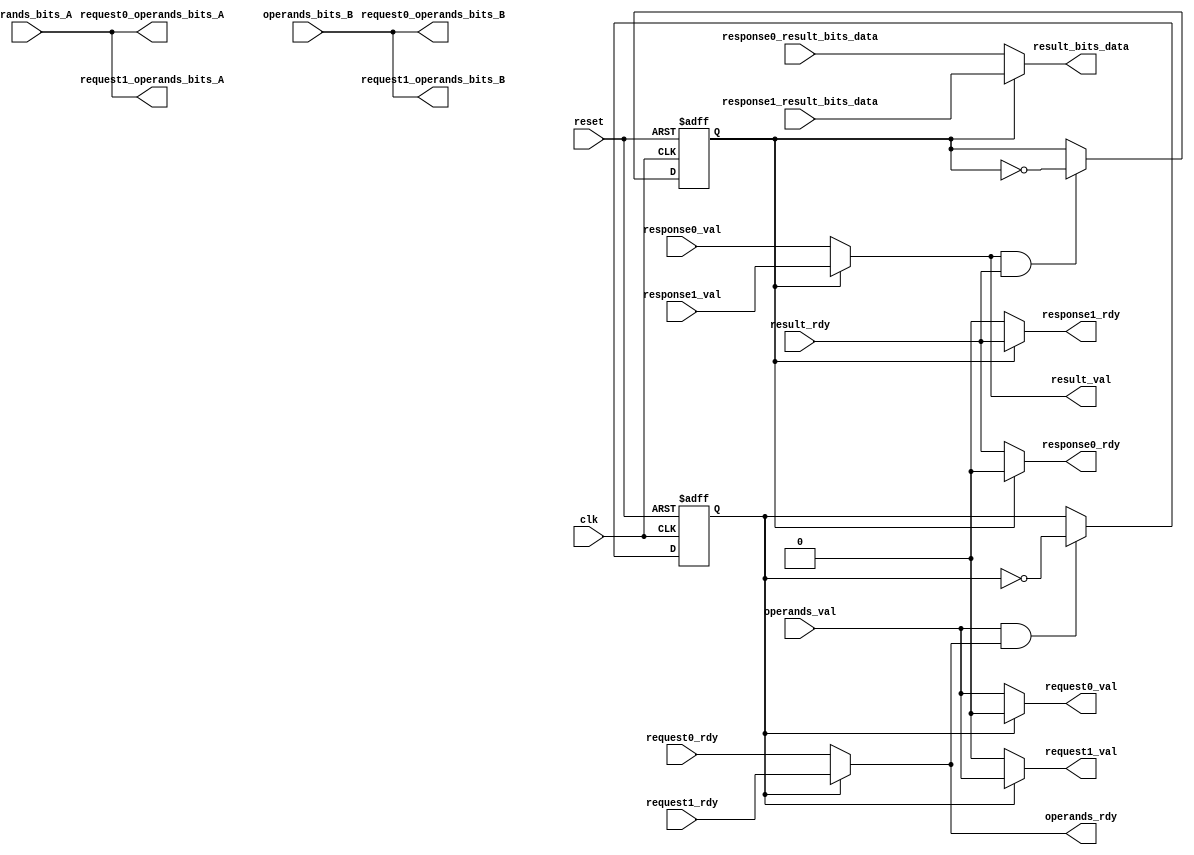
module gcd_arbiter #(parameter W = 32) (
  input clk,
  input reset,

  // this will be connected to the input FIFO
  input operands_val,
  input [W-1:0] operands_bits_A,
  input [W-1:0] operands_bits_B,
  output operands_rdy,

  output request0_val,
  output [W-1:0] request0_operands_bits_A,
  output [W-1:0] request0_operands_bits_B,
  input request0_rdy,

  output request1_val,
  output [W-1:0] request1_operands_bits_A,
  output [W-1:0] request1_operands_bits_B,
  input request1_rdy,

  // This will be connected to the output FIFO
  output result_val,
  output [W-1:0] result_bits_data,
  input result_rdy,

  input response0_val,
  input [W-1:0] response0_result_bits_data,
  output response0_rdy,

  input response1_val,
  input [W-1:0] response1_result_bits_data,
  output response1_rdy
);

// Keep track of which GCD unit you will enqueue to next
reg gcd_enq; 
wire next_gcd_enq;

// Keep track of which GCD unit you will dequeue from next
reg gcd_deq;
wire next_gcd_deq;

// Define our "fire" wires
wire operands_fire, request0_fire, request1_fire, result_fire, response0_fire, response1_fire;

// Wires and assignments go here
// Hint: Most of your code will be assignments

// operands logic
assign operands_fire = operands_val & operands_rdy;
assign operands_rdy = (gcd_enq == 1'b0) ? request0_rdy : request1_rdy; // Current enqueue will set rdy.
// update the next enqueue
assign next_gcd_enq = (operands_fire) ? ~gcd_enq : gcd_enq; // gcd_enq toggles.
// share the bus
assign request0_operands_bits_A = operands_bits_A;
assign request0_operands_bits_B = operands_bits_B;
assign request1_operands_bits_A = operands_bits_A;
assign request1_operands_bits_B = operands_bits_B;
// allow val at the right place
assign request0_val = (gcd_enq == 1'b0) ? operands_val : 1'b0;
assign request1_val = (gcd_enq == 1'b1) ? operands_val : 1'b0;
//------------------------------------------------------------
// result_logic
assign result_fire = result_val & result_rdy;
assign result_val = (gcd_deq == 1'b0) ? response0_val : response1_val;
// update the next dequeue
assign next_gcd_deq = (result_fire) ? ~gcd_deq : gcd_deq;
// Mux the bus
assign result_bits_data = (gcd_deq == 1'b0) ? response0_result_bits_data : response1_result_bits_data;
// allow response at the right place
assign response0_rdy = (gcd_deq == 1'b0) ? result_rdy : 1'b0;
assign response1_rdy = (gcd_deq == 1'b1) ? result_rdy : 1'b0;

// Sequential logic goes here
// Be sure to implement reset! Look at fifo.v for an example
always @(posedge clk or posedge reset) begin
  if (reset) begin
    gcd_enq <= 1'b0;
    gcd_deq <= 1'b0;
  end else begin
    gcd_enq <= next_gcd_enq;
    gcd_deq <= next_gcd_deq;
  end
end

endmodule